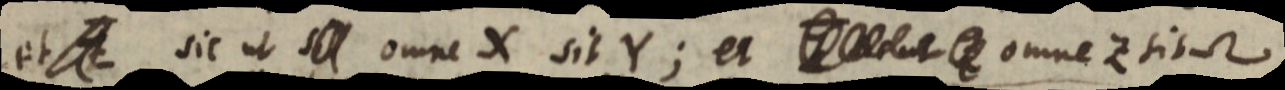
et Z sit ut si omne X sit Y; et _ omne Z sit Ω